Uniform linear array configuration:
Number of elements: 24
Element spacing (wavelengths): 0.5
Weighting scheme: binomial
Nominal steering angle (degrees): -45
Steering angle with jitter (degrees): -43.156
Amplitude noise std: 0.05
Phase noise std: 0.05

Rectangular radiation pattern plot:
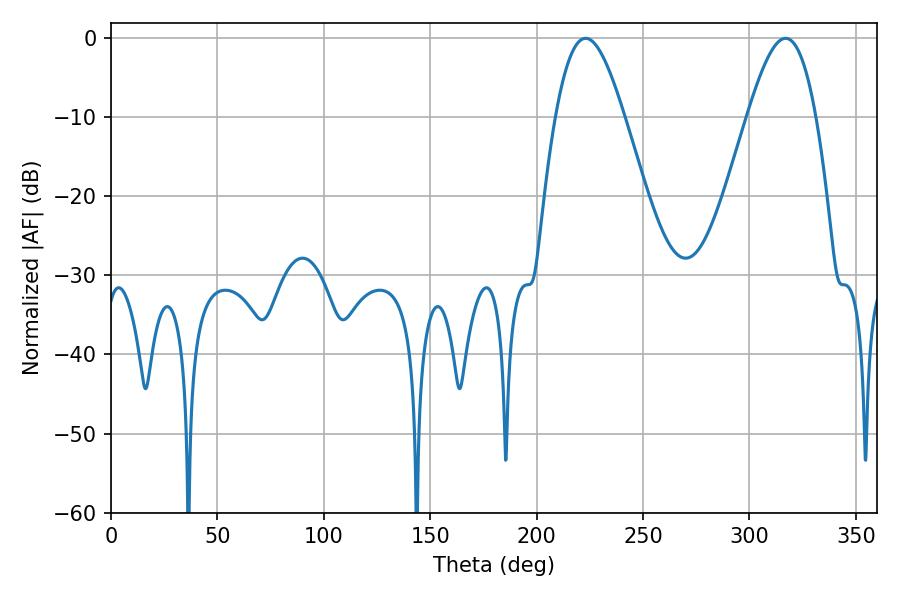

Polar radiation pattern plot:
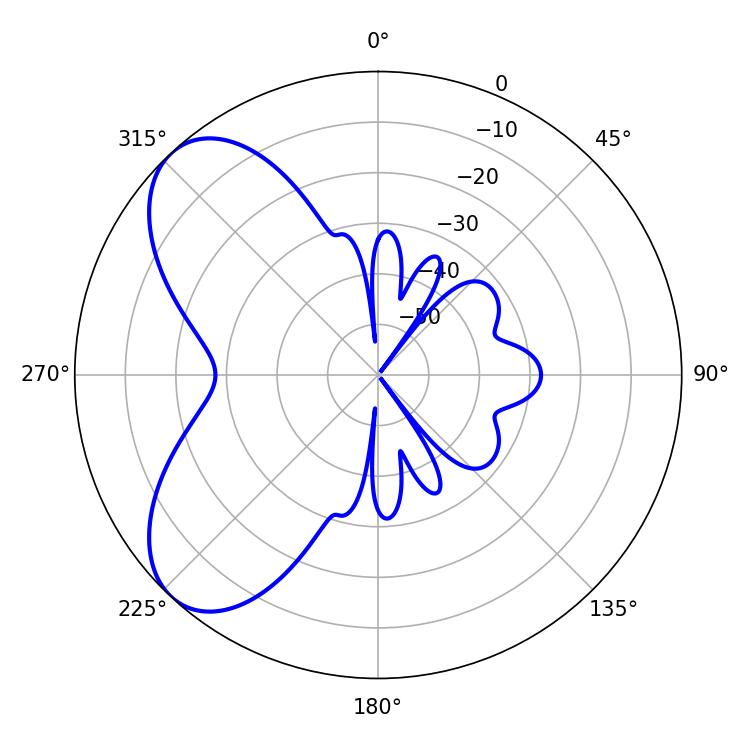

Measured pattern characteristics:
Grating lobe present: FALSE
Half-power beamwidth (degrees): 17.28
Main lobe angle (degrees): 223.02